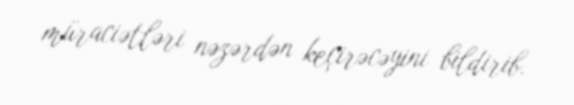
müraciətləri nəzərdən keçirəcəyini bildirib.